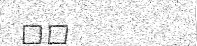
٥٢